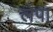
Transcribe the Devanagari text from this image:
लेंपा